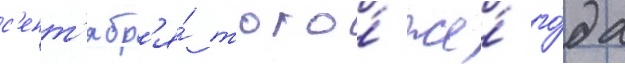
с'ент'ябр'я́ того́ же́ го́да